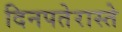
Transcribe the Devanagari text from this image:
दिनपतेरास्ते